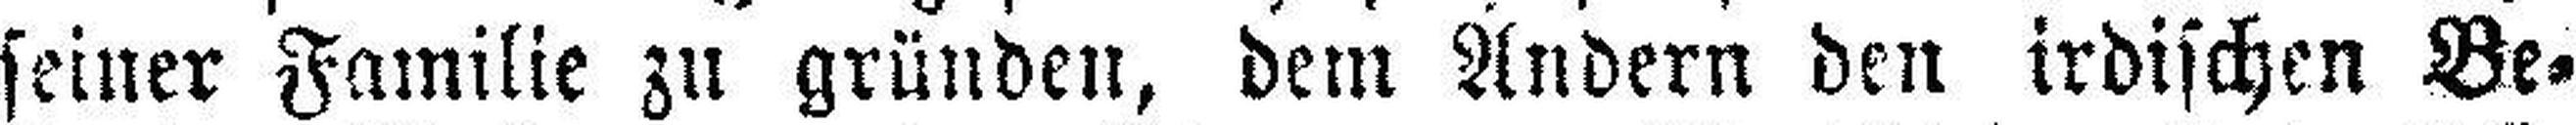
seiner Familie zu gründen, dem Andern den irdischen Be¬